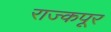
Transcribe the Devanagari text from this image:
राज्कपूर